Report on the working of the Ranchi Indian Mental Hospital, Kanke, in Bihar and Orissa - 1930-1940
Year: 1930
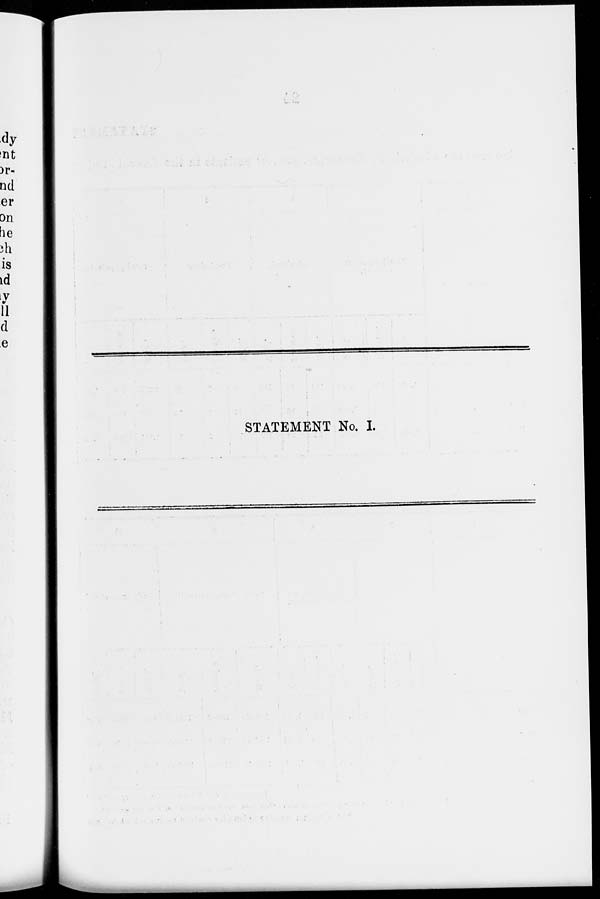
STATEMENT No. I.